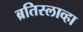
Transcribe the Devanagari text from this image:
ब्रतिस्लाव्हा